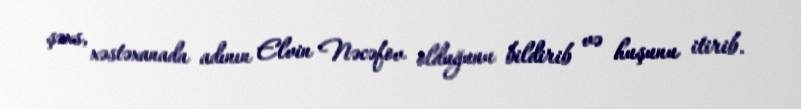
şəxs, xəstəxanada adının Elvin Nəcəfov olduğunu bildirib və huşunu itirib.